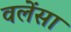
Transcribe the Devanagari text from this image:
वलेंसा